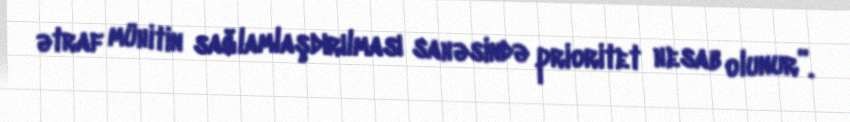
ətraf mühitin sağlamlaşdırılması sahəsində prioritet hesab olunur”.